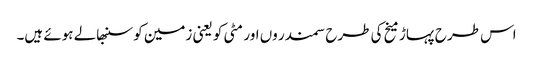
اس طرح پہاڑ میخ کی طرح سمندر وں اور مٹی کو یعنی زمین کو سنبھالے ہوئے ہیں۔